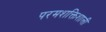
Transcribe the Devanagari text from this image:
परमशक्तिशाली